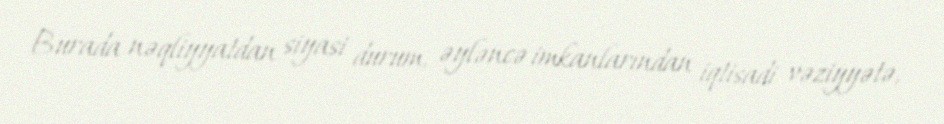
Burada nəqliyyatdan siyasi durum, əyləncə imkanlarından iqtisadi vəziyyətə,